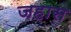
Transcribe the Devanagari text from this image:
जहास